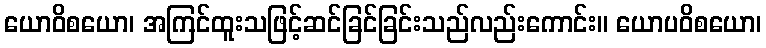
ယောဝိစယော၊ အကြင်ထူးသဖြင့်ဆင်ခြင်ခြင်းသည်လည်းကောင်း။ ယောပဝိစယော၊